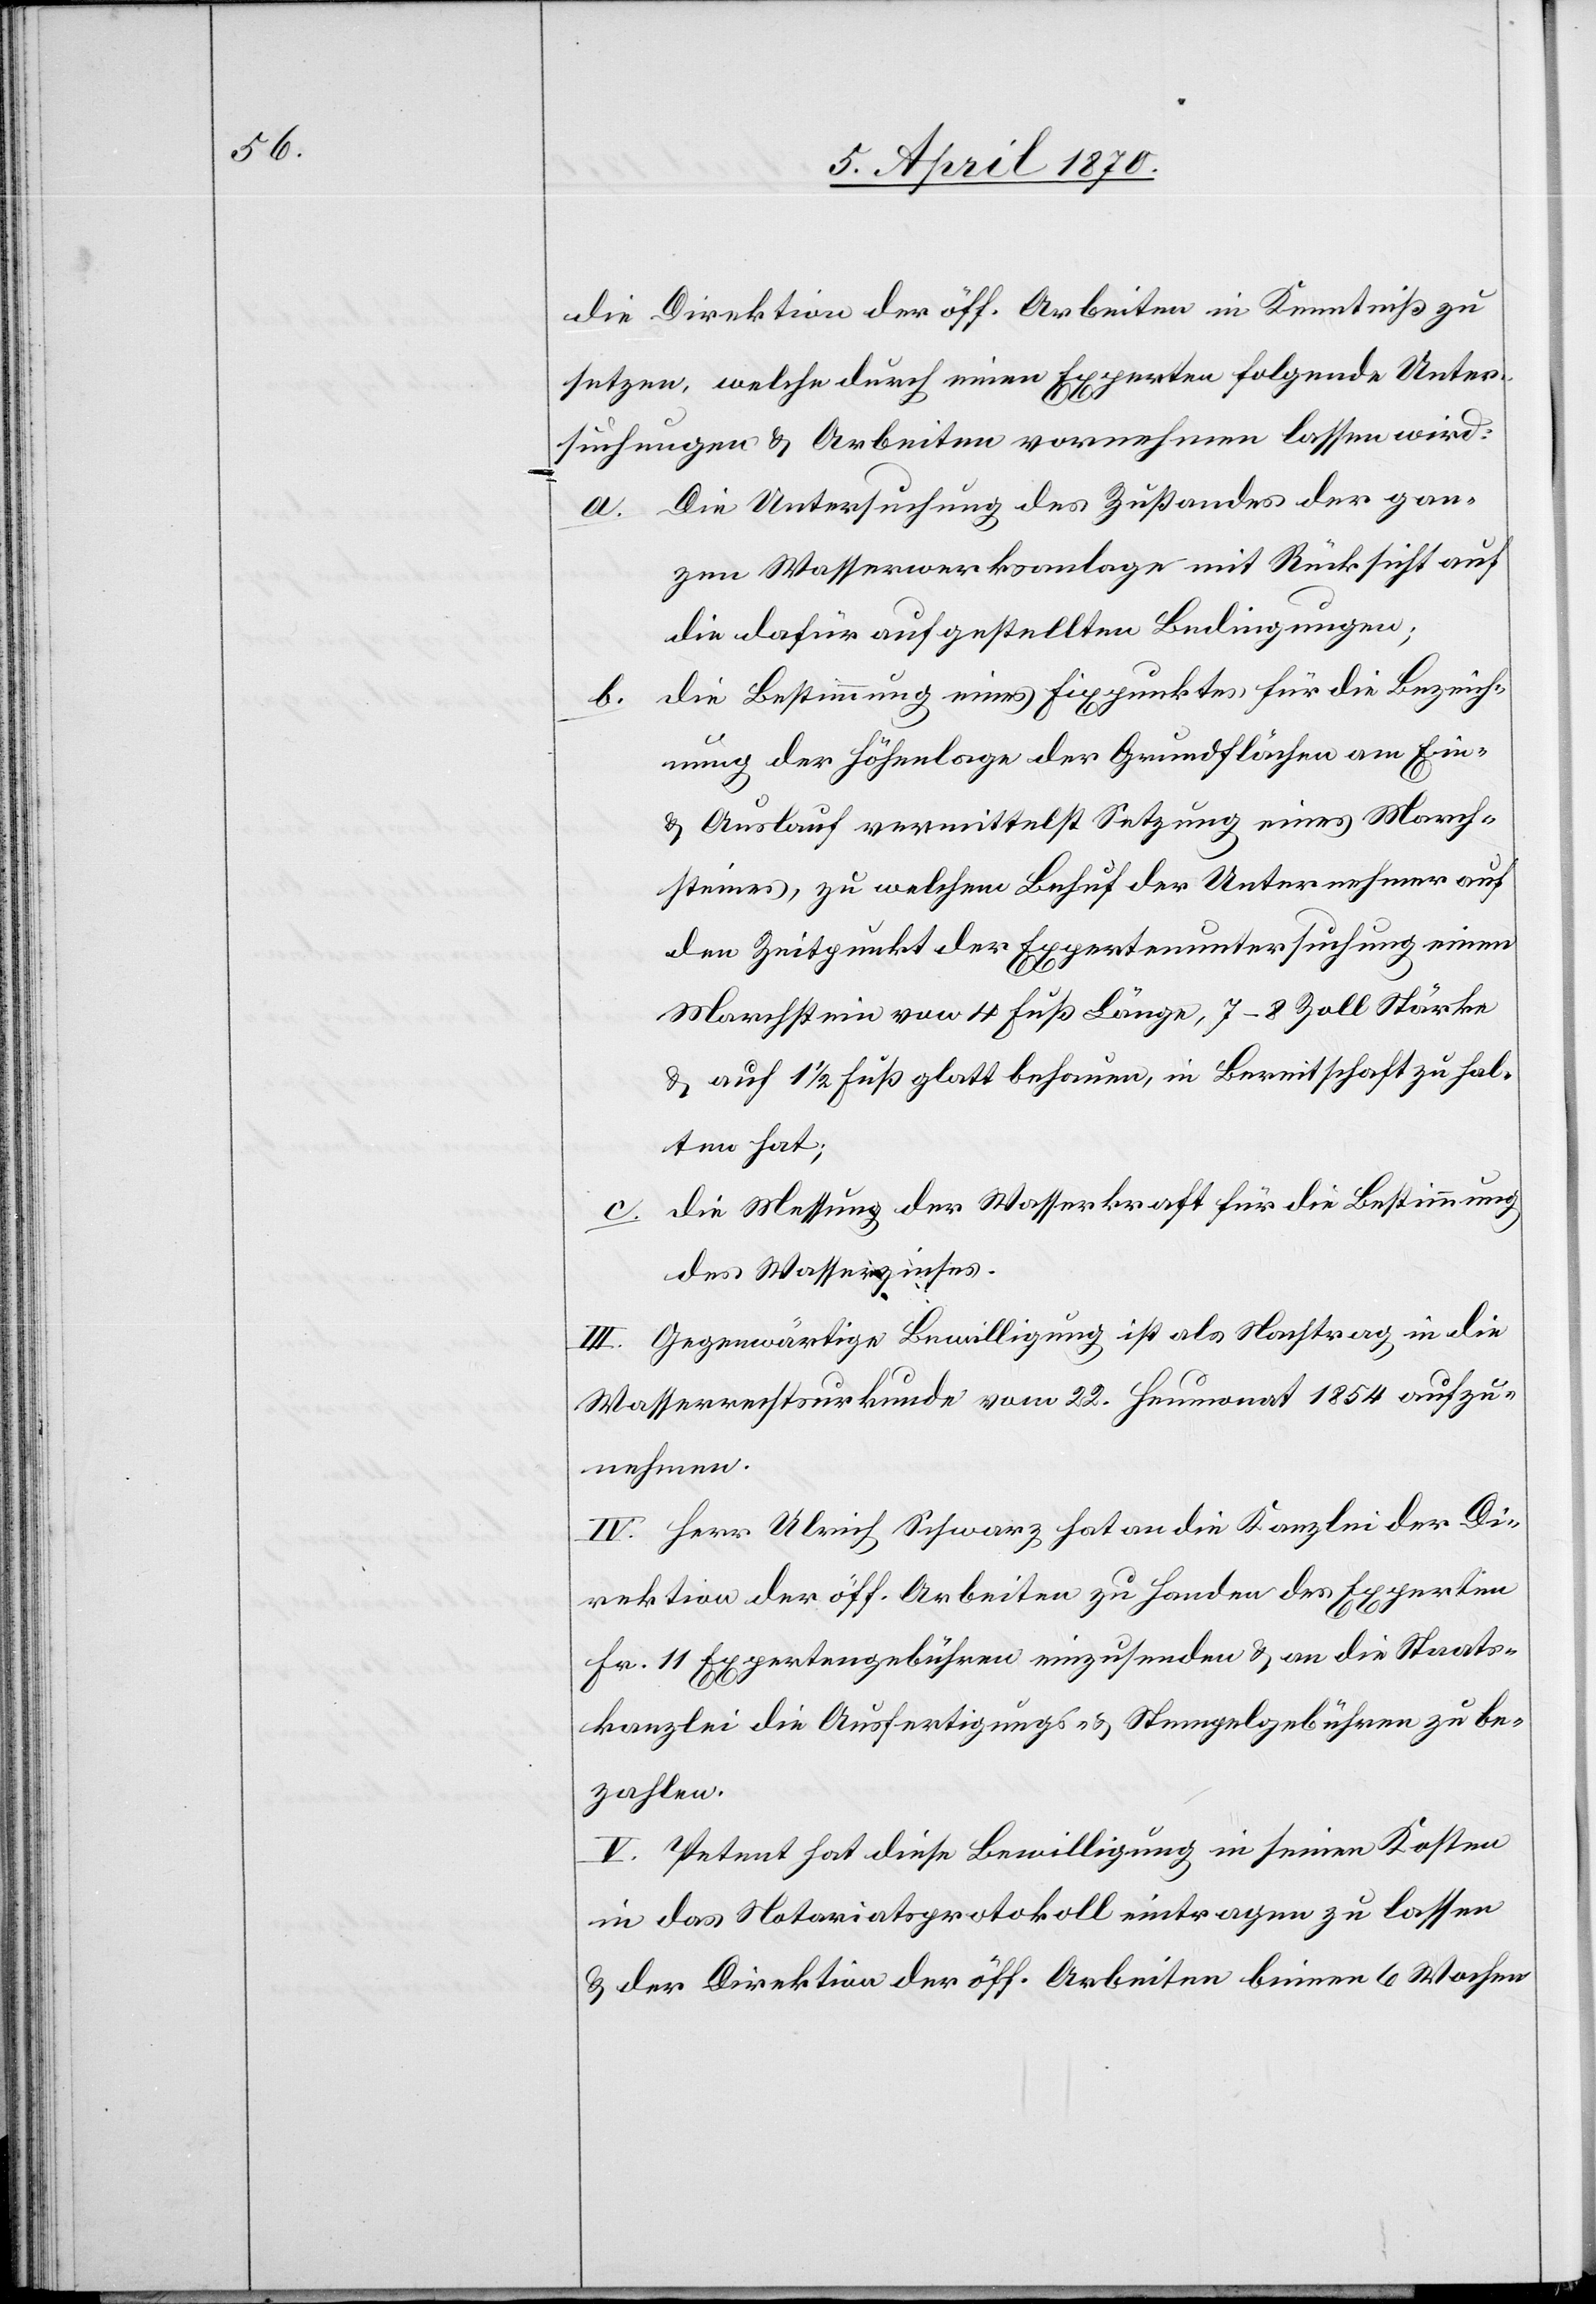
die Direktion der öff. Arbeiten in Kenntniß zu
setzen, welche durch einen Experten folgende Unter¬
suchungen & Arbeiten vornehmen lassen wird:
Die Untersuchung des Zustandes der gan¬
zen Wasserwerksanlage mit Rücksicht auf
die dafür aufgestellten Bedingungen;
die Bestimmung eines Fixpunktes für die Bezeich¬
nung der Höhenlage der Grundflächen am Ein-
& Auslauf vermittelst Setzung eines March¬
steines, zu welchem Behuf der Unternehmer auf
den Zeitpunkt der Expertenuntersuchung einen
Marchstein von 4. Fuß Länge, 7–8 Zoll Stärke
& auf 1 1/2 Fuß glatt behauen, in Bereitschaft zu hal¬
ten hat.
die Messung der Wasserkraft für die Bestimmung
des Wasserzinses.
III. Gegenwärtige Bewilligung ist als Nachtrag in die
Wasserrechtsurkunde vom 22. Heumonat 1854 aufzu¬
nehmen.
IV. Herr Ulrich Schwarz hat an die Kanzlei der Di¬
rektion der öff. Arbeiten zu Handen des Experten
Fr. 11 Expertengebühren einzusenden & an die Staats¬
kanzlei die Ausfertigungs- & Stempelgebühren zu be¬
zahlen.
V. Petent hat diese Bewilligung in seinen Kosten
in das Notariatsprotokoll eintragen zu lassen
& der Direktion der öff. Arbeiten binnen 6 Wochen